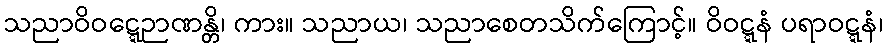
သညာဝိဝဋ္ဋေဉာဏန္တိ၊ ကား။ သညာယ၊ သညာစေတသိက်ကြောင့်။ ဝိဝဋ္ဋနံ ပရာဝဋ္ဋနံ၊